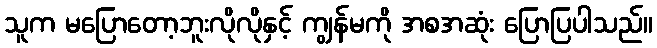
သူက မပြောတော့ဘူးလိုလိုနှင့် ကျွန်မကို အစအဆုံး ပြောပြပါသည်။